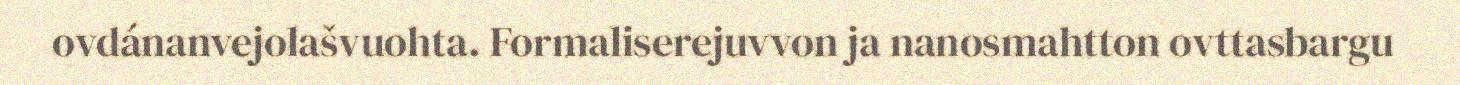
ovdánanvejolašvuohta. Formaliserejuvvon ja nanosmahtton ovttasbargu